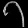
Digit: ၇